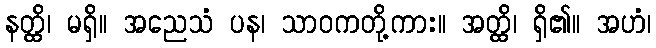
နတ္ထိ၊ မရှိ။ အညေသံ ပန၊ သာဝကတို့ကား။ အတ္ထိ၊ ရှိ၏။ အဟံ၊